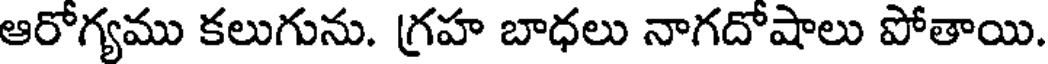
ఆరోగ్యము కలుగును. గ్రహ బాధలు నాగదోషాలు పోతాయి.